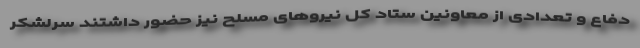
دفاع و تعدادی از معاونین ستاد کل نیروهای مسلح نیز حضور داشتند سرلشکر